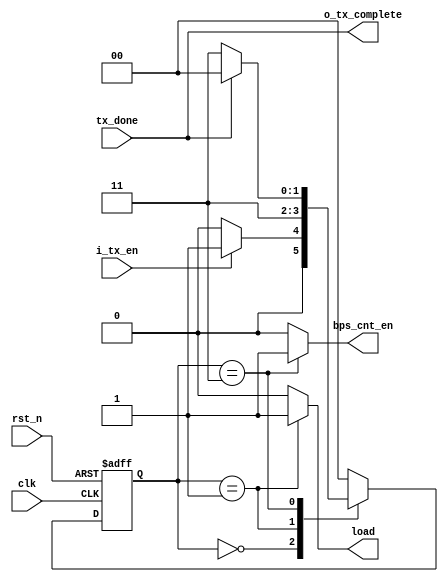
//: 
//: UART(Tx)
// : Shift Register      UART Tx Module 
//: Buad Rate 115200(1/115200  1 ) (0) (1)   8.

module FSM_Module_Tx(
    clk             ,
    rst_n           ,
    i_tx_en         ,
    tx_done         ,
    bps_cnt_en      ,
    load            ,
    o_tx_complete            
);

input               clk             ;
input               rst_n           ;
input               i_tx_en         ;
input               tx_done         ;

output reg          bps_cnt_en      ;
output reg          load            ;
output              o_tx_complete   ;

reg [1:0] state, n_state;

localparam IDLE      = 2'b00; // 
localparam LOAD_TX   = 2'b01; //  
localparam SEND_TX   = 2'b11; //  

//State register
always @(posedge clk or negedge rst_n) begin
    if(~rst_n)
        state <= IDLE;
    else
        state <= n_state;
end

//State logic
always @(state or i_tx_en or tx_done) begin
    case(state)
        IDLE:
            if(i_tx_en)
                n_state = LOAD_TX;
            else
                n_state = IDLE;
        
        LOAD_TX:
            n_state = SEND_TX; //      

        SEND_TX:
            if(tx_done)
                n_state = IDLE;
            else
                n_state = SEND_TX;

        default:
            n_state = IDLE;

    endcase
end

//Output logic
always @(state) begin
    case(state)
        IDLE: begin
            bps_cnt_en = 0;
            load       = 0;
        end

        LOAD_TX: begin  
            bps_cnt_en = 0;
            load       = 1; // Shift Register 8bit data 
        end

        SEND_TX: begin
            bps_cnt_en = 1; // BPS_Counter enable Count 
            load       = 0;
        end

        default: begin 
            bps_cnt_en = 0;
            load       = 0;
        end
    endcase
end

assign o_tx_complete = tx_done;

endmodule